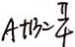
A + B = \frac { \pi } { 4 }